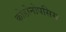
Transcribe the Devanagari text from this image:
कोडोनोपसिस